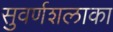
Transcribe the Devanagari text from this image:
सुवर्णशलाका